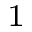
^ { 1 }